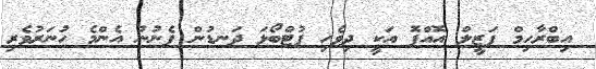
އިބްރާހިމް ފަޒީލް އޮއްޕޮ އަކީ ދިވެހި ފުޓްބޯޅަ ދަނޑުން ފެނުނު އެންމެ ހުނަރުވެރި